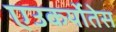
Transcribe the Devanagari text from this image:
एउकर्योतेस